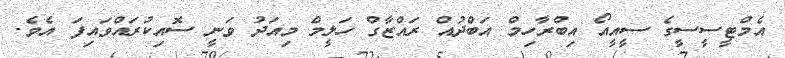
އެމްޓީސީސީގެ ސީއީއޯ އިބްރާހިމް އަބްދުއް ރައްޒާގް ހަލީމް މިއަދު ވަނީ ސޮއިކުރައްވައިފަ އެވެ.